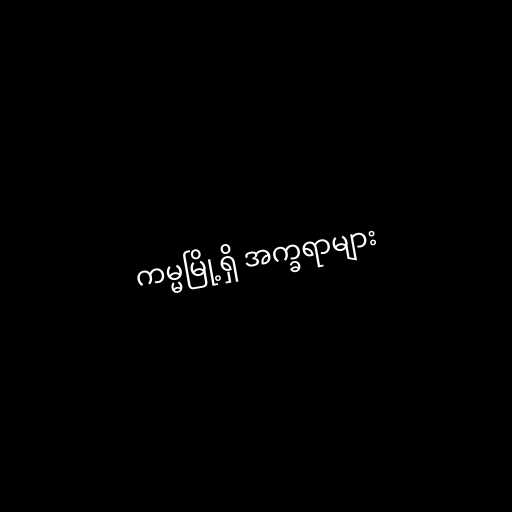
ကမ္မမြို့ရှိ အက္ခရာများ